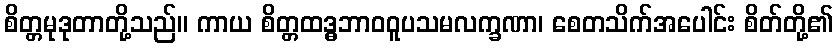
စိတ္တမုဒုတာတို့သည်။ ကာယ စိတ္တထဒ္ဓဘာဝဝူပသမလက္ခဏာ၊ စေတသိက်အပေါင်း စိတ်တို့၏